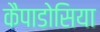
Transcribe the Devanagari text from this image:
कैपाडोसिया